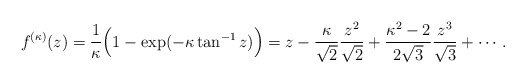
\begin{align*}f^{(\kappa)}(z)=\frac{1}{\kappa}\Bigl(1-\exp(-\kappa\tan^{-1}z)\Bigr)=z-\frac{\kappa}{\sqrt{2}}\frac{z^2}{\sqrt{2}}+\frac{\kappa^2-2}{2\sqrt{3}}\frac{z^3}{\sqrt{3}}+\cdots.\end{align*}